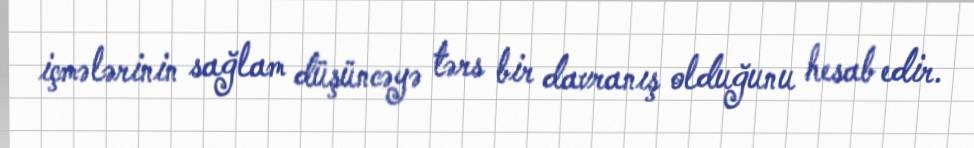
içmələrinin sağlam düşüncəyə tərs bir davranış olduğunu hesab edir.